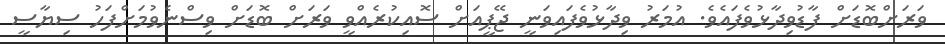
ވަރަށްބޮޑަށް ފާޑުވިދާޅުވެފައެވެ. އުމަރު ވިދާޅުވެފައިވަނީ ޖޭޕީއަށް ސޮއިކުރެއްވީ ވަރަށް ބޮޑަށް ވިސްނެވުމަށްފަހު ސިޔާސީ